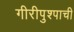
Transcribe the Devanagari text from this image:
गीरीपुश्पाची